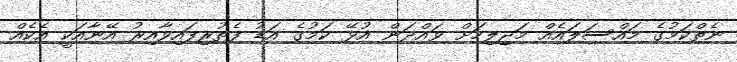
ނެތްކަމުގެ މައްސަލައެއް މަޖިލިހަށް ވައްދަން އުޅޭ ކަމުގެ އަޑު ފެތުރިފައިވާއިރު އޭނާއަކީ އެކެއް